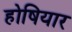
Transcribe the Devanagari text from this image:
होषियार